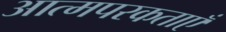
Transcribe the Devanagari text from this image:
आत्मपरकताएँ